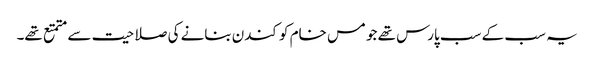
یہ سب کے سب پارس تھے جو مس خام کو کندن بنانے کی صلاحیت سے متمتع تھے۔